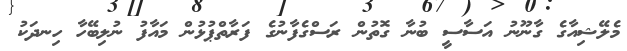
މެލޭޝިއާގެ ގާނޫނު އަސާސީ ބުނާ ގޮތުން ރަސްގެފާނުގެ ފަރާތްޕުޅުން މައާފު ނުލިބޭހާ ހިނދަކު